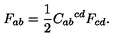
F _ { a b } = \frac 1 2 { C _ { a b } } ^ { c d } F _ { c d } .